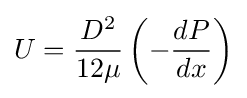
U={\frac {D^{2}}{12\mu }}\left(-{\frac {dP}{dx}}\right)